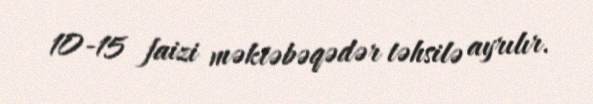
10-15 faizi məktəbəqədər təhsilə ayrılır.